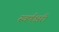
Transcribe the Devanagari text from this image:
स्वर्णक्षरी